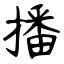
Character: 播